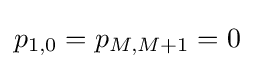
p_{1,0}=p_{M,M+1}=0